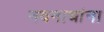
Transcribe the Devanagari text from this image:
नवनाथांना